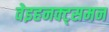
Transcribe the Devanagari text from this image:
वेइहनक्ट्समन